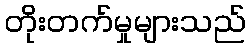
တိုးတက်မှုများသည်